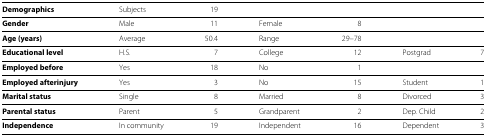
| Demographics | Subjects | 19 |  |  |  |  |
 | --- | --- | --- | --- | --- | --- | --- |
 | Gender | Male | 11 | Female | 8 |  |  |
 | Age (years) | Average | 50.4 | Range | 29–78 |  |  |
 | Educational level | H.S. | 7 | College | 12 | Postgrad | 7 |
 | Employed before | Yes | 18 | No | 1 |  |  |
 | Employed afterinjury | Yes | 3 | No | 15 | Student | 1 |
 | Marital status | Single | 8 | Married | 8 | Divorced | 3 |
 | Parental status | Parent | 5 | Grandparent | 2 | Dep. Child | 2 |
 | Independence | In community | 19 | Independent | 16 | Dependent | 3 |